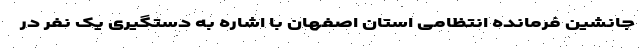
جانشین فرمانده انتظامی استان اصفهان با اشاره به دستگیری یک نفر در